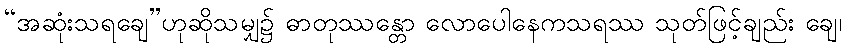
“အဆုံးသရချေ”ဟုဆိုသမျှ၌ ဓာတုဿန္တော လောပေါနေကသရဿ သုတ်ဖြင့်ချည်း ချေ၊